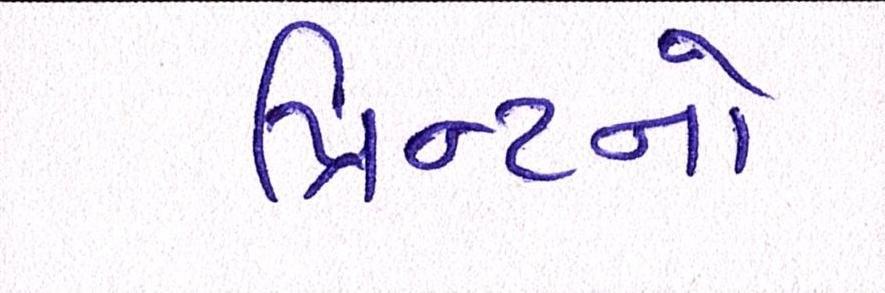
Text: પ્રિન્ટનો